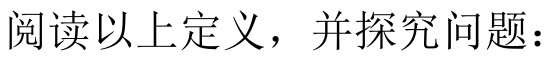
阅读以上定义，并探究问题：